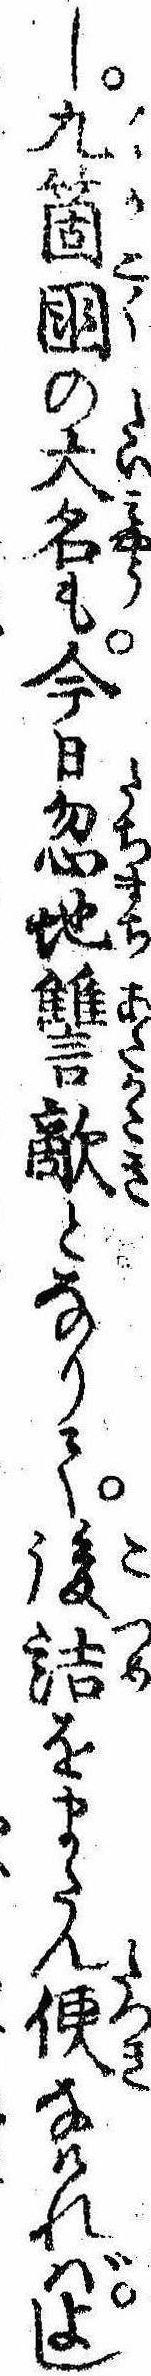
し九箇国の大名も今日忽地讐敵となりて後詰をまたん便なければよし